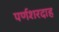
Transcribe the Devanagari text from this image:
पर्णशरदाह